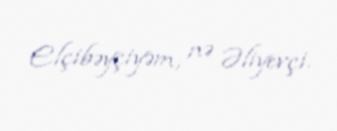
Elçibəyçiyəm, nə Əliyevçi.